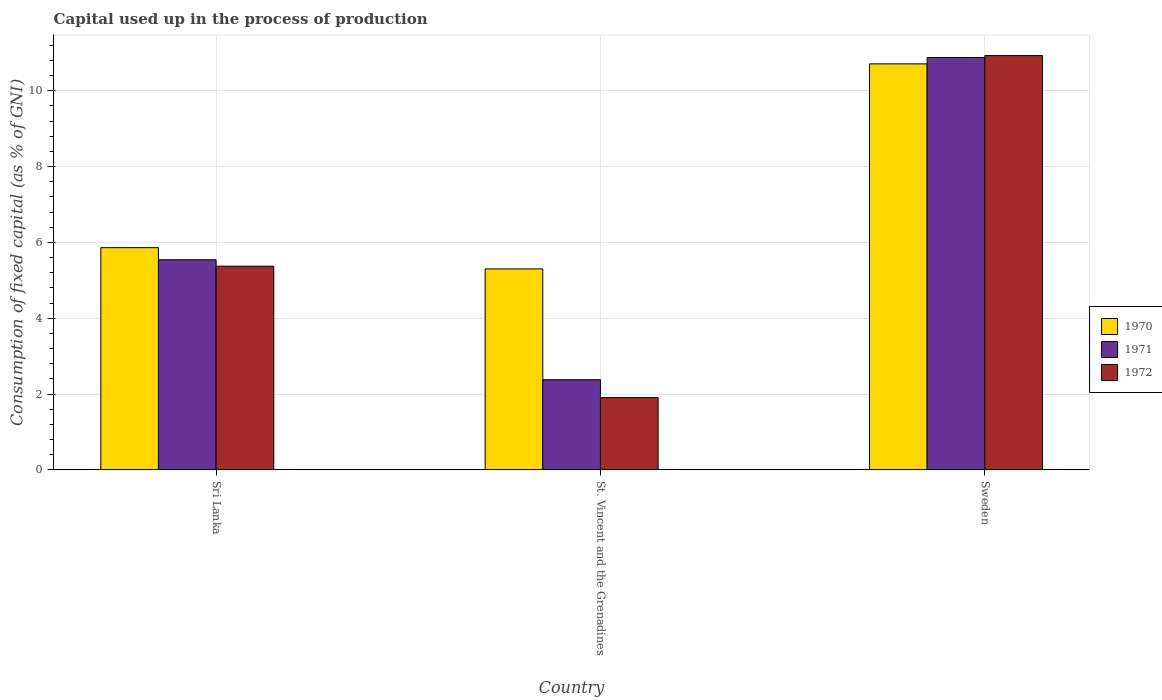
| Country | 1970 | 1971 | 1972 |
 | --- | --- | --- | --- |
 | Sri Lanka | 5.86 | 5.54 | 5.37 |
 | St. Vincent and the Grenadines | 5.3 | 2.38 | 1.9 |
 | Sweden | 10.7 | 10.9 | 10.9 |